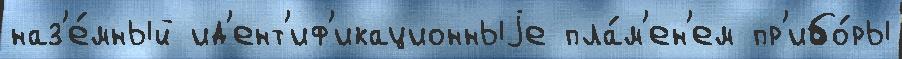
наз'е́мный ид'ент'иф'икационныjе пла́м'ен'ем пр'ибо́ры